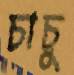
চাচু